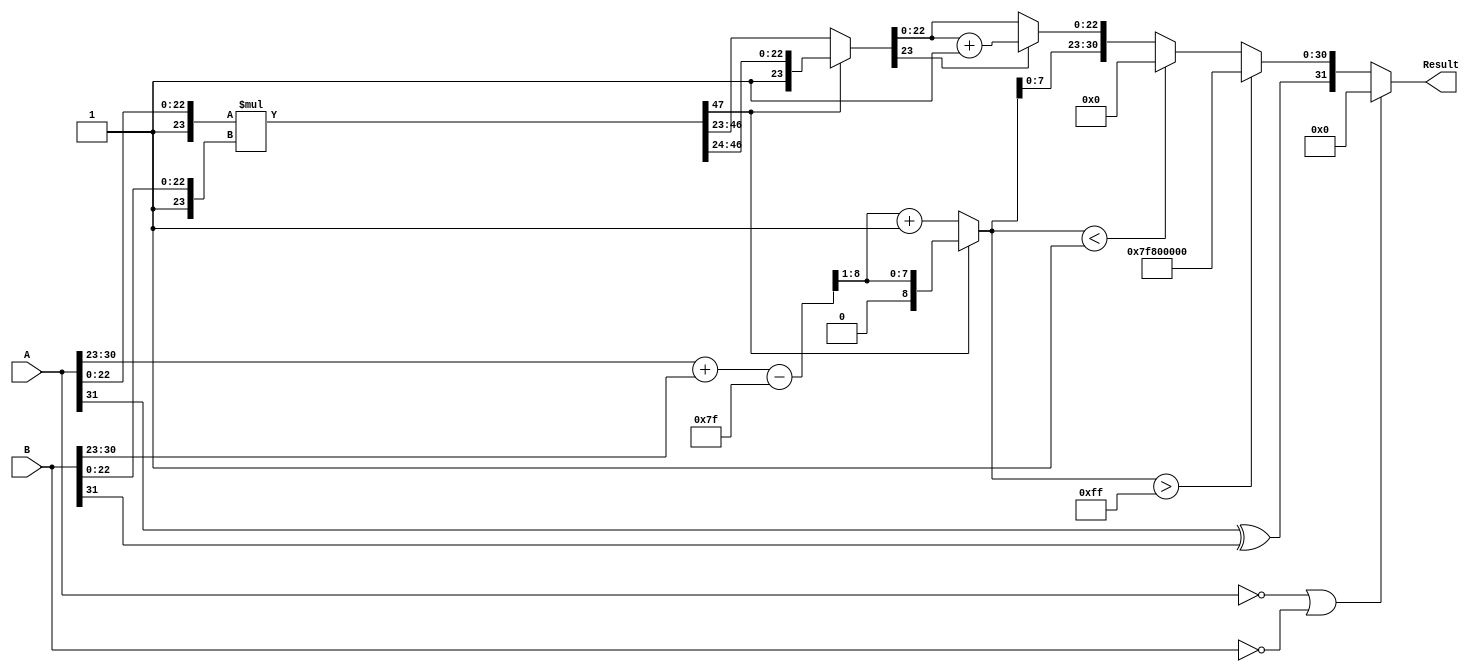
module floating_point_multiplier (
    input  wire [31:0] A, // First floating-point operand
    input  wire [31:0] B, // Second floating-point operand
    output reg  [31:0] Result // Result of multiplication
);

    // Constants
    localparam BIAS = 8'd127;
    localparam EXPONENT_WIDTH = 8;
    localparam MANTISSA_WIDTH = 23;
    localparam MANTISSA_WIDTH_WITH_IMPLICIT = MANTISSA_WIDTH + 1; // 24 bits with implicit leading 1

    // Internal signals
    wire sign_A = A[31];
    wire sign_B = B[31];
    wire [EXPONENT_WIDTH-1:0] exponent_A = A[30:23];
    wire [EXPONENT_WIDTH-1:0] exponent_B = B[30:23];
    wire [MANTISSA_WIDTH-1:0] mantissa_A = A[22:0];
    wire [MANTISSA_WIDTH-1:0] mantissa_B = B[22:0];

    wire [MANTISSA_WIDTH_WITH_IMPLICIT-1:0] mantissa_A_full = {1'b1, mantissa_A}; // Add implicit leading 1
    wire [MANTISSA_WIDTH_WITH_IMPLICIT-1:0] mantissa_B_full = {1'b1, mantissa_B}; // Add implicit leading 1

    // Sign calculation
    wire sign_result = sign_A ^ sign_B;

    // Exponent calculation
    wire [EXPONENT_WIDTH:0] exponent_sum = {1'b0, exponent_A} + {1'b0, exponent_B} - BIAS; // 9 bits to handle overflow
    wire [EXPONENT_WIDTH-1:0] exponent_result = exponent_sum[EXPONENT_WIDTH:1]; // Take the upper 8 bits

    // Mantissa multiplication
    wire [MANTISSA_WIDTH_WITH_IMPLICIT*2-1:0] mantissa_product = mantissa_A_full * mantissa_B_full; // 48 bits

    // Normalization
    reg [MANTISSA_WIDTH_WITH_IMPLICIT-1:0] mantissa_normalized;
    reg [EXPONENT_WIDTH:0] exponent_adjusted;
    always @(*) begin
        if (mantissa_product[MANTISSA_WIDTH_WITH_IMPLICIT*2-1]) begin
            // Already normalized
            mantissa_normalized = mantissa_product[MANTISSA_WIDTH_WITH_IMPLICIT*2-1:MANTISSA_WIDTH_WITH_IMPLICIT]; // Take the upper 24 bits
            exponent_adjusted = exponent_sum[EXPONENT_WIDTH:1]; // No adjustment needed
        end else begin
            // Need to normalize
            mantissa_normalized = mantissa_product[MANTISSA_WIDTH_WITH_IMPLICIT*2-2:MANTISSA_WIDTH_WITH_IMPLICIT-1]; // Shift right
            exponent_adjusted = exponent_sum[EXPONENT_WIDTH:1] + 1; // Increment exponent
        end
    end

    // Rounding
    reg [MANTISSA_WIDTH-1:0] mantissa_final;
    always @(*) begin
        // Round to nearest even
        if (mantissa_normalized[MANTISSA_WIDTH_WITH_IMPLICIT-1]) begin
            mantissa_final = mantissa_normalized[MANTISSA_WIDTH_WITH_IMPLICIT-1:MANTISSA_WIDTH_WITH_IMPLICIT-1-MANTISSA_WIDTH] + 1'b1; // Round up
        end else begin
            mantissa_final = mantissa_normalized[MANTISSA_WIDTH_WITH_IMPLICIT-1:MANTISSA_WIDTH_WITH_IMPLICIT-1-MANTISSA_WIDTH]; // No rounding
        end
    end

    // Output assembly
    always @(*) begin
        if (A == 32'b0 || B == 32'b0) begin
            Result = 32'b0; // Handle zero case
        end else if (exponent_adjusted > 8'd255) begin
            Result = {sign_result, 8'b11111111, 23'b0}; // Overflow to infinity
        end else if (exponent_adjusted < 8'd1) begin
            Result = {sign_result, 8'b00000000, 23'b0}; // Underflow to zero
        end else begin
            Result = {sign_result, exponent_adjusted[EXPONENT_WIDTH-1:0], mantissa_final[MANTISSA_WIDTH-1:0]};
        end
    end

endmodule